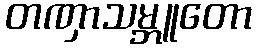
တဏှာသမ္ဘူတော